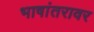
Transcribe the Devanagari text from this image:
भाषांतरावर